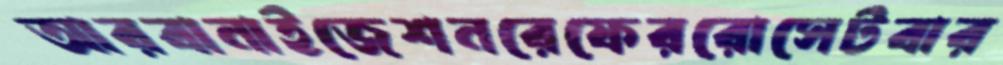
আরবানাইজেশনরেফেররোসেটবার